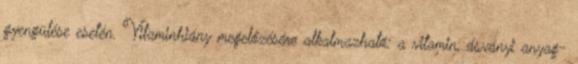
gyengülése esetén. Vitaminhiány megelőzésére alkalmazható: a vitamin, ásványi anyag-